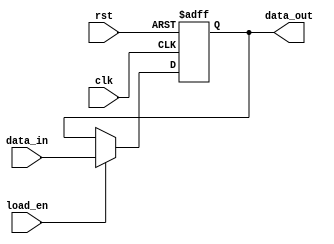
module ControlRegister #(
    parameter N = 8  // Width of the control register (number of bits)
)(
    input wire clk,           // Clock signal
    input wire rst,           // Asynchronous reset signal
    input wire [N-1:0] data_in, // Data input for control signals
    input wire load_en,       // Load enable signal
    output reg [N-1:0] data_out // Data output for current register value
);

// Asynchronous reset and synchronous load
always @(posedge clk or posedge rst) begin
    if (rst) begin
        data_out <= {N{1'b0}}; // Initialize to default value (all zeros)
    end else if (load_en) begin
        data_out <= data_in;   // Load new data into the register
    end
    // If neither reset nor load_en is asserted, retain current value
end

endmodule